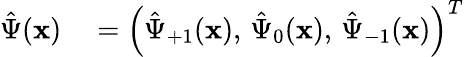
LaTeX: \begin{array}{rl}{\hat{\Psi}(\mathbf{x})}&{{}=\left(\hat{\Psi}_{+1}(\mathbf{x}),\, \hat{\Psi}_{0}(\mathbf{x}),\, \hat{\Psi}_{-1}(\mathbf{x})\right)^{T}}\end{array}